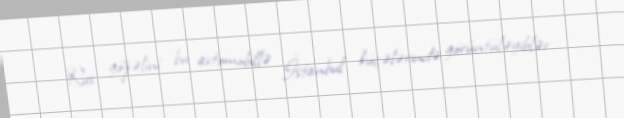
Rus gözəlini bu avtomobillə İstanbul küçələrində görüntüləyiblər.